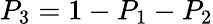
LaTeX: P_{3}=1-P_{1}-P_{2}